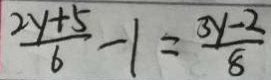
\frac { 2 y + 5 } { 6 } - 1 = \frac { 3 y - 2 } { 8 }